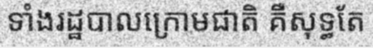
ទាំងរដ្ឋបាលក្រោមជាតិ គឺសុទ្ធតែ